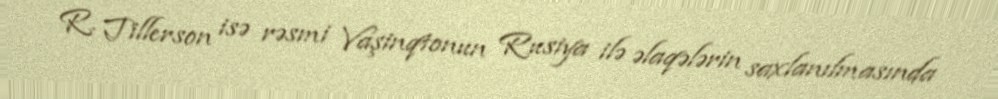
R. Tillerson isə rəsmi Vaşinqtonun Rusiya ilə əlaqələrin saxlanılmasında